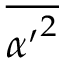
\overline { { { \alpha ^ { \prime } } ^ { 2 } } }